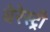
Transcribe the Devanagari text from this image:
बेरेस्ट्री